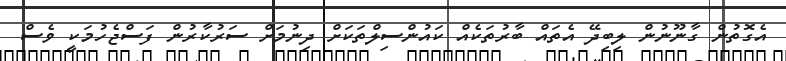
އެގޮތުން ގާނޫނުން ލިބިދޭ އެތައް ބާރުތަކެއް ކައުންސިލްތަކަށް ދިނުމަށް ސަރުކާރުން ފަސްޖެހުމަކީ ވެސް